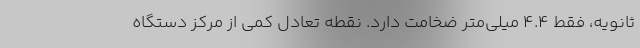
ثانویه، فقط 4.4 میلی‌متر ضخامت دارد. نقطه تعادل کمی از مرکز دستگاه